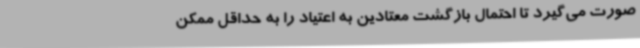
صورت می‌گیرد تا احتمال بازگشت معتادین به اعتیاد را به حداقل ممکن